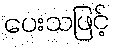
ပေးသဖြင့်